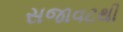
સજાવટથી